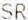
SR